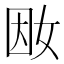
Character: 𡜭